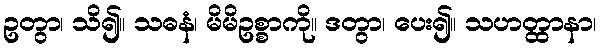
ဥတွာ၊ သိ၍။ သဓနံ၊ မိမိဥစ္စာကို။ ဒတွာ၊ ပေး၍။ သဟတ္ထာနာ၊